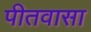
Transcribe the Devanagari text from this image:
पीतवासा